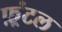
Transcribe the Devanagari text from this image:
फ़्रंटल